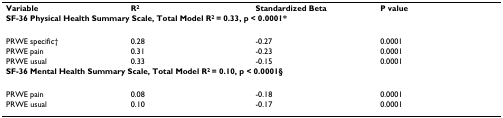
| Variable | R2 | Standardized Beta | P value |
 | <COLSPAN=4> SF-36 Physical Health Summary Scale, Total Model R2 = 0.33, p < 0.0001* |
 | --- | --- | --- | --- |
 | PRWE specific† | 0.28 | -0.27 | 0.0001 |
 | PRWE pain | 0.31 | -0.23 | 0.0001 |
 | PRWE usual | 0.33 | -0.15 | 0.0001 |
 | <COLSPAN=4> SF-36 Mental Health Summary Scale, Total Model R2 = 0.10, p < 0.0001§ |
 | PRWE pain | 0.08 | -0.18 | 0.0001 |
 | PRWE usual | 0.10 | -0.17 | 0.0001 |